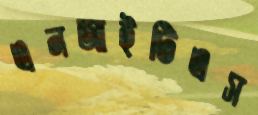
এনআইটিএস